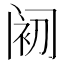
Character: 𲉀